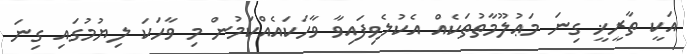
އަކީ ތާރީޚީ ގިނަ މަޢުލޫމާތުތަކެއް އެކުލެވިފައިވާ ވާހަކައެއްކަމުން މި ވާހަކަ ލިޔުމުގައި ގިނަ